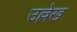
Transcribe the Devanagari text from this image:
उल्ले़ख